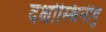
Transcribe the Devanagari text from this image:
दक्षोस्श्विनीषु